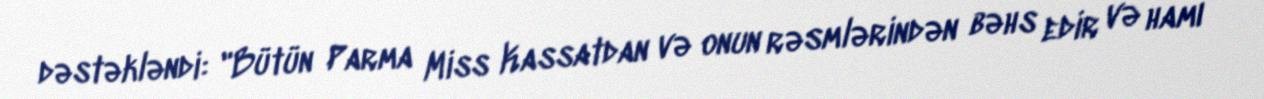
dəstəkləndi: "Bütün Parma Miss Kassatdan və onun rəsmlərindən bəhs edir və hamı